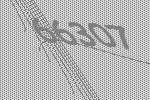
66307